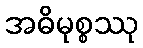
အဓိမုစ္စဿု